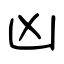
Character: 凶